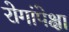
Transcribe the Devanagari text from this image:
रोगांपेक्षा